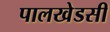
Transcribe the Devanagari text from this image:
पालखेडसी